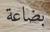
بضاعة